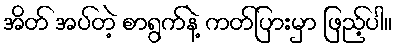
အိတ် အပ်တဲ့ စာရွက်နဲ့ ကတ်ပြားမှာ ဖြည့်ပါ။